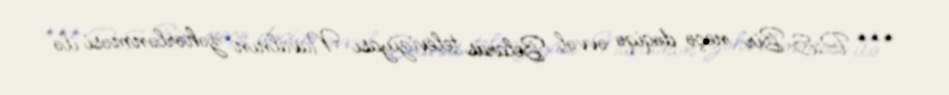
*** P.S Bir neçə dəqiqə əvvəl Belarus televiziyası Navalnın zəhərlənməsi ilə